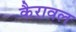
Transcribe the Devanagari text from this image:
कैरावल